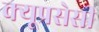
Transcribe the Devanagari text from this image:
क्यूप्रसेसी